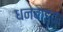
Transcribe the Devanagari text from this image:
धनबाइद